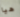
هيا